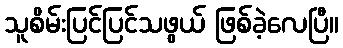
သူစိမ်းပြင်ပြင်သဖွယ် ဖြစ်ခဲ့လေပြီ။